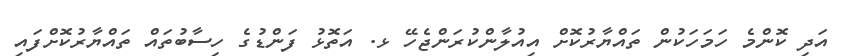
އަދި ކޮންމެ ހަމަހަކުން ތައްޔާރުކޮށް އިއުލާންކުރަންޖެހޭ ޅ. އަތޮޅު ފަންޑުގެ ހިސާބުތައް ތައްޔާރުކޮށްފައި